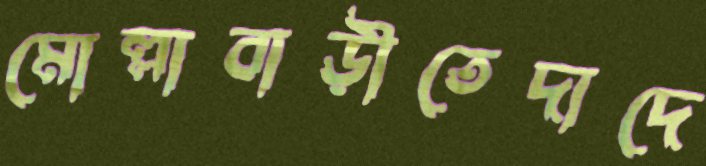
মোল্লাবাড়ীতেদাদে